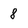
Character: 8